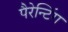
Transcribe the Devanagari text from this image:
पैरेन्टिंग